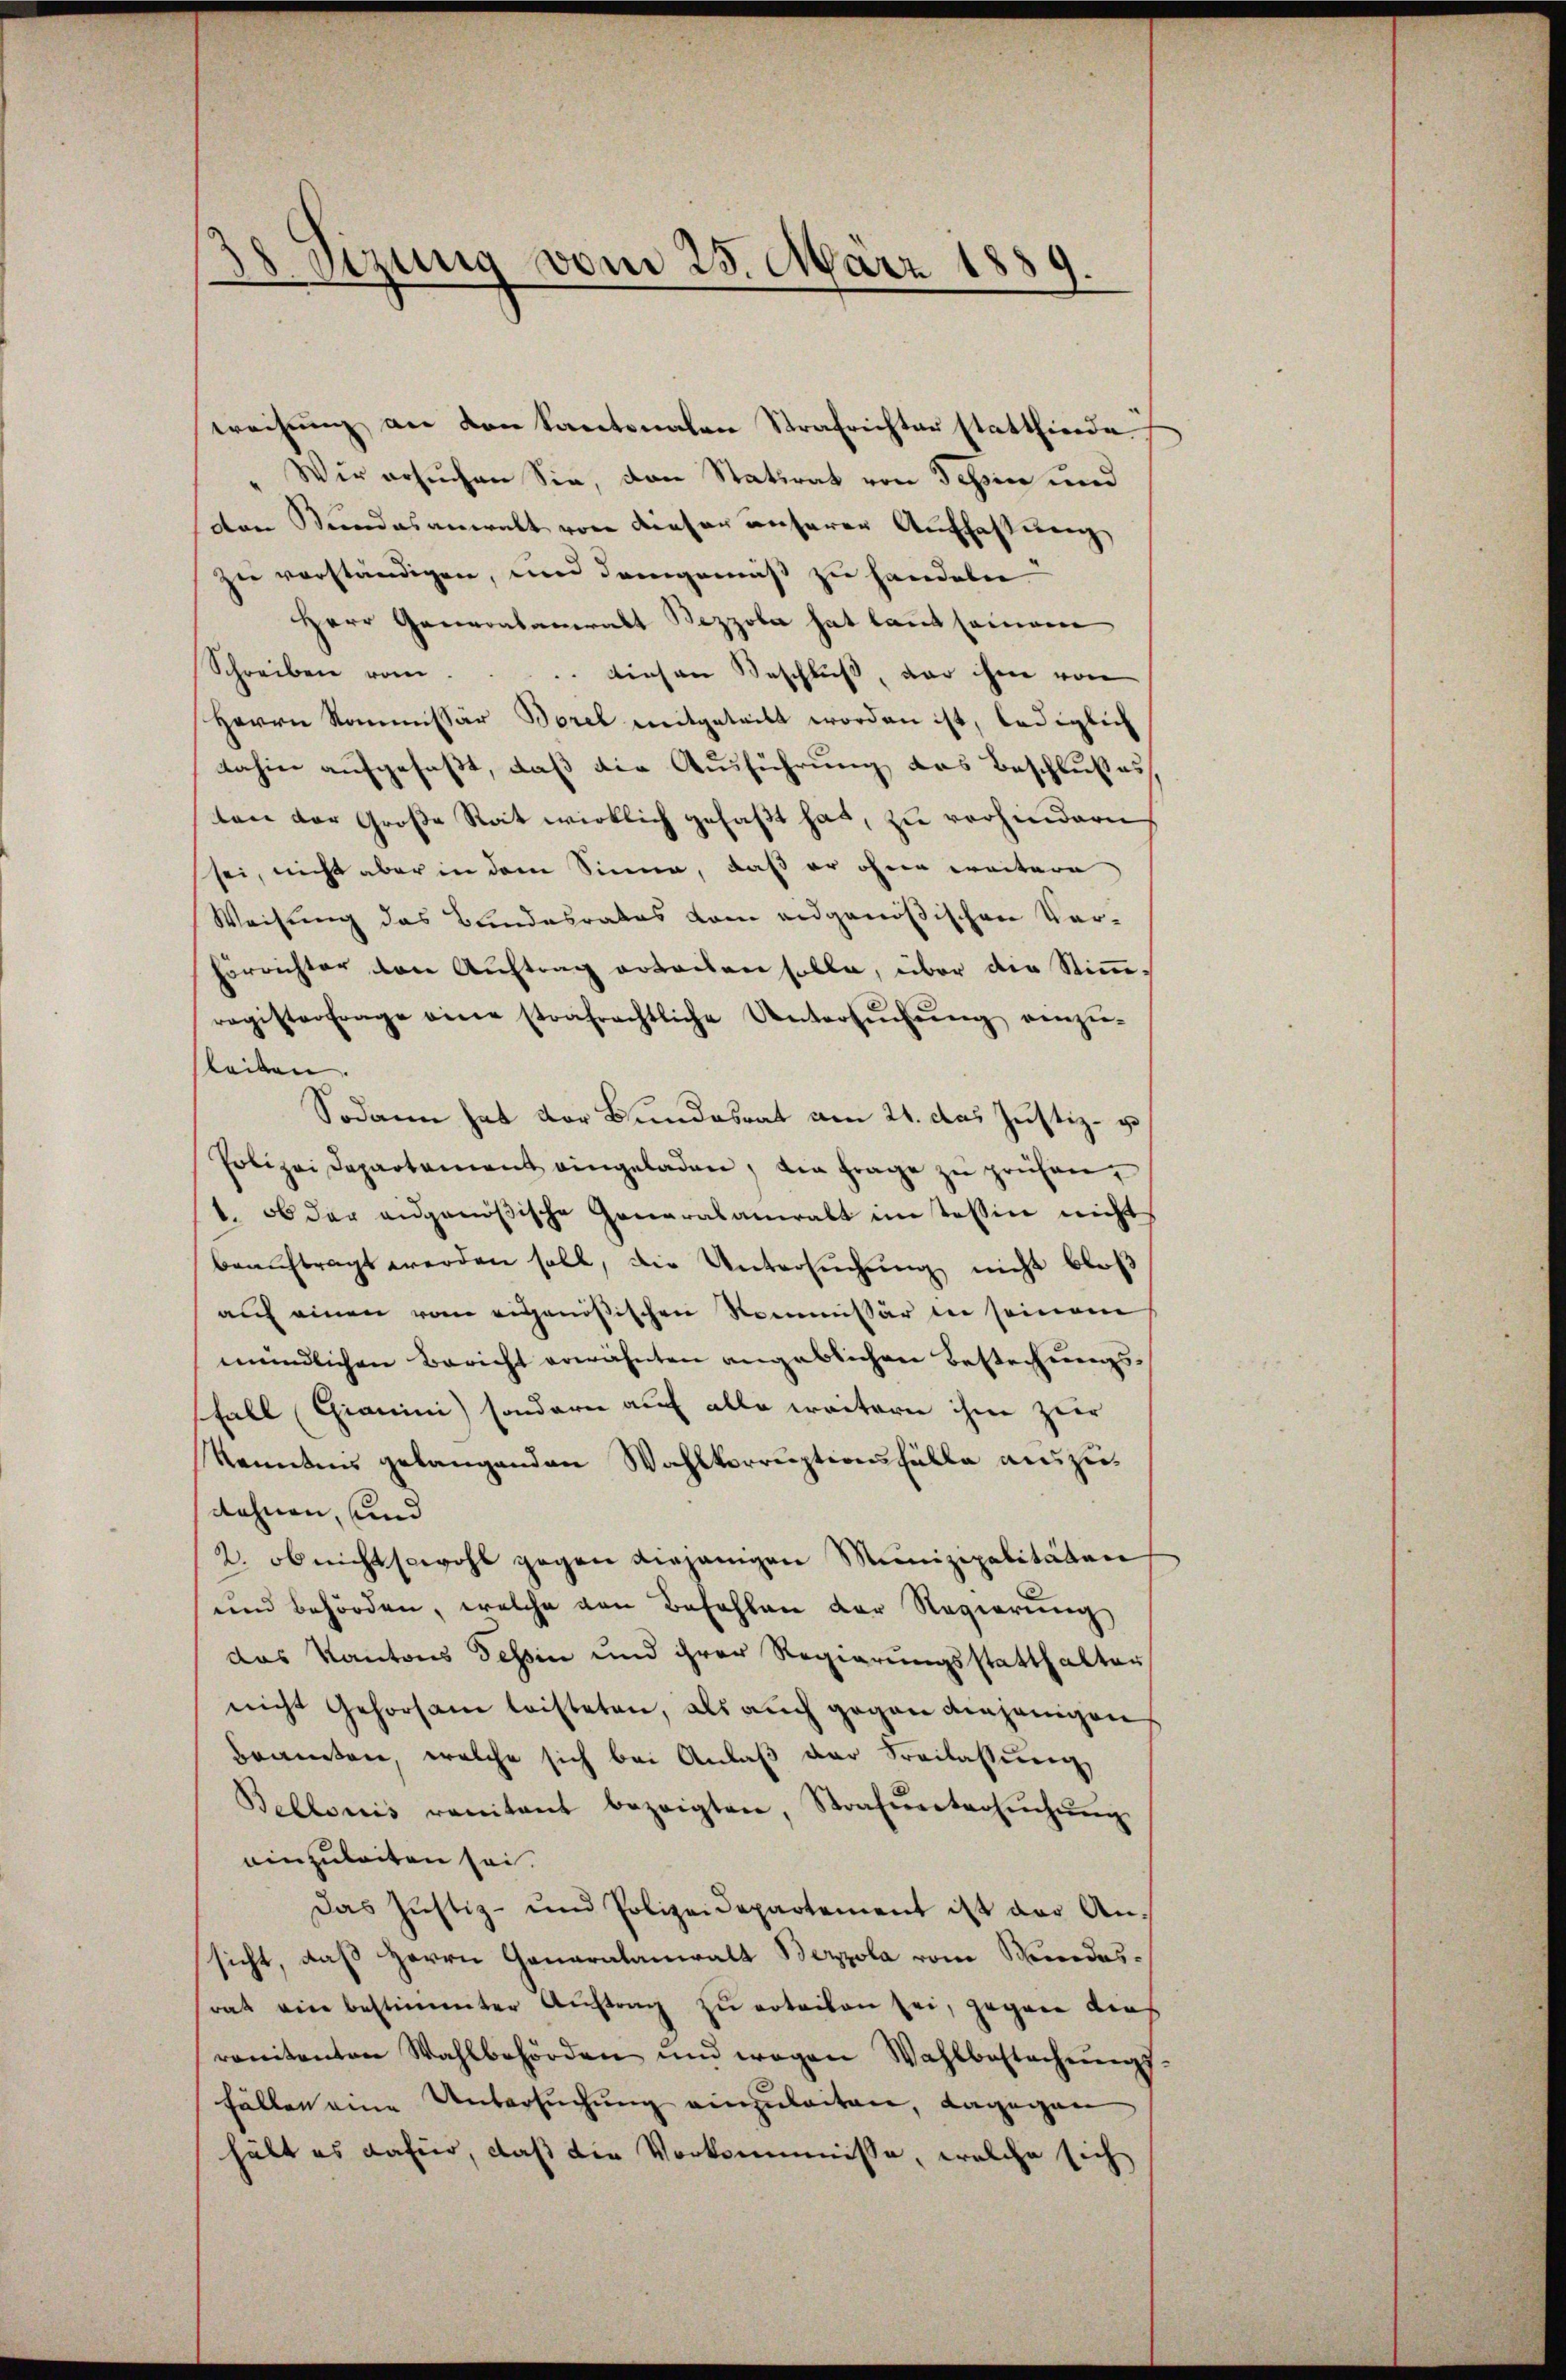
Sizung vom 25. März 188,
d.

weisung an den kantonalen Strafrechter statthierde
Wir ersuchen Sie, den Statirat von Tessin und
ven Stundesanwalt von dieser unserer Auffassung
zue verständigen, und demgemäß zu handeben.
Herr Generalanwalt Bezzola hat laut seien
Schreiben vom..... Ainsen Beschlŭβ der ihm von
Herrn Kommissär Borel mitgeteilt worden ist, lediglich
dahin aufgefaßt, daß die Ausführung das Beschlußes
ten der Große Rat wirklich gefaßt hat, zu verhindern
sei, nicht aber in dem Sinne, daß er ohne weitere
Weisung das Bundesrates kam eidgenößischen Ver-
Förrichter den Auftrag erteilen solle, über die Stimme,
register frage eine strafrechtliche Untersŭchŭng einzŭ-
sleiten.
Sodann hat der Bundesrat am 24. das Justiz- u
Polizei Departement eingeladen, die frage zŭ prüfen,
1. ob der eidgenößische Generalanwalt im Tessin nicht
beaŭftragt werden soll, die Untersŭchŭng nicht bloß
auf einen vom eigenößischen Kommissär in seinem
mündlichen Bericht erwähnten angeblichen Bestechungs-
sfall (Chianini sondern auf alle weitern ihm zuer
kenntnis gelangenden Wahlkorruptionsfälle auszudehnen, und
2. ob nichtswohl gegen diejenigen Munizipalitäten
und behörden, welche von Befehlen der Regierung
das Kantons Tessin und ihrer Regierungsstatthalter
nicht Gehorsam leisteten, als auch gegen diejenigen
branten, welche sich bei Anlaβ der Freilassŭng
Bellonis renitant bezeigten, Strafŭntersŭchŭng
einzuleiten sei.
Das Justiz- und Polizeidepartement ist der An-
sicht, daß Herrn Ganaralanwalt Bezzola vom Mindesrat eine bestimmter Auftrag zu erleiben sei, gegen dies
renitenten Wahlbehörden und wegen Wahlbestechŭngs-
fällen eine Untersuchung einzuleiten, dagegen
hält es dafür, daß die Vorkommnisse, welche sich